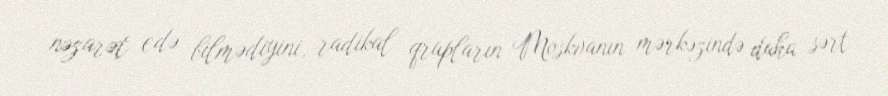
nəzarət edə bilmədiyini, radikal qrupların Moskvanın mərkəzində daha sərt